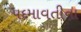
પદમાવતીના